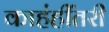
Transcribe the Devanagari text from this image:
काहंहींतरी